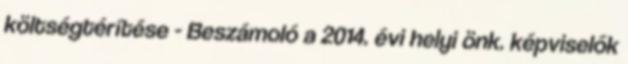
költségtérítése - Beszámoló a 2014. évi helyi önk. képviselők